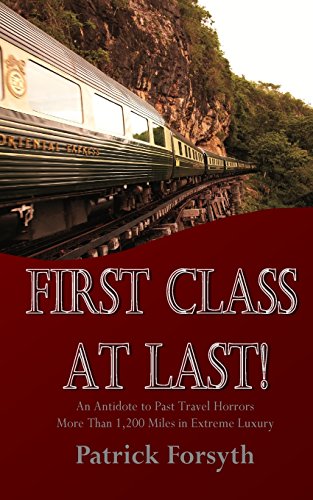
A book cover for First Class At Last!: An Antidote to Past Travel Horrors - More Than 1,200 Miles in Extreme Luxury; Patrick Forsyth; Travel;